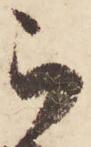
被